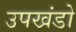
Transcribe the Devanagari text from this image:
उपखंडो